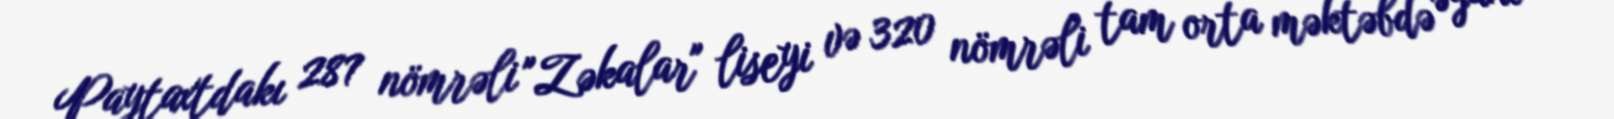
Paytaxtdakı 287 nömrəli "Zəkalar" liseyi və 320 nömrəli tam orta məktəbdə əyani